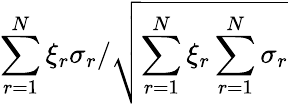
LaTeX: {\sum_{r=1}^{N}\xi_{r}\sigma_{r}}/{\sqrt{\sum_{r=1}^{N}\xi_{r}\sum_{r=1}^{N}\sigma_{r}}}